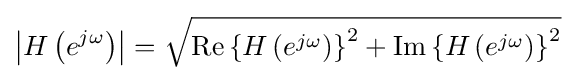
\left|H\left(e^{j\omega }\right)\right|={\sqrt {{\text{Re}}\left\{H\left(e^{j\omega }\right)\right\}^{2}+{\text{Im}}\left\{H\left(e^{j\omega }\right)\right\}^{2}}}